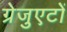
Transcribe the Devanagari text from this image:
ग्रेजुएटों